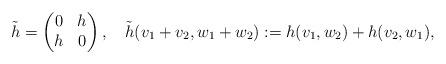
LaTeX: \begin{align*}\tilde{h}=\begin{pmatrix} 0 & h \\ h & 0\end{pmatrix},\quad\tilde{h}(v_1+v_2,w_1+w_2):=h(v_1,w_2)+h(v_2,w_1),\qquad\end{align*}